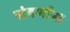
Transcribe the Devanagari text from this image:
संवर्णाना